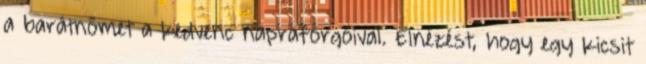
a barátnőmet a kedvenc napraforgóival. Elnézést, hogy egy kicsit